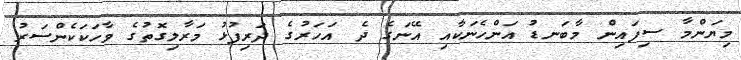
މިޔަންމާ ސިފައިން މާބަނޑު އަންހެނަކާއި އޭނަގެ ދެ އަހަރުގެ ދަރިފުޅު މަރާލިގޮތުގެ ވާހަކަކެންސަރު